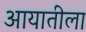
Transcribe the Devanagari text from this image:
आयातीला